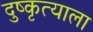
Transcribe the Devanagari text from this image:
दुष्कृत्याला